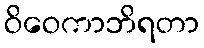
ဝိဝေကာဘိရတာ